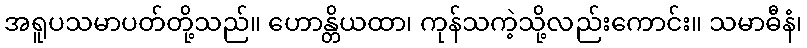
အရူပသမာပတ်တို့သည်။ ဟောန္တိယထာ၊ ကုန်သကဲ့သို့လည်းကောင်း။ သမာဓီနံ၊